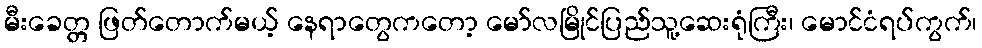
မီးခေတ္တ ဖြတ်တောက်မယ့် နေရာတွေကတော့ မော်လမြိုင်ပြည်သူ့ဆေးရုံကြီး၊ မောင်ငံရပ်ကွက်၊